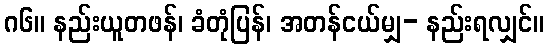
ဂ၆။ နည်းယူတဖန်၊ ခံတုံပြန်၊ အတန်ငယ်မျှ- နည်းရလျှင်။